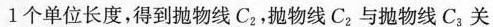
1个单位长度，得到抛物线C_{2}，抛物线C_{2}与抛物线C_{3}关